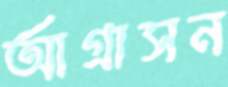
আগ্রাসন